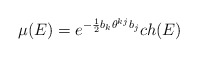
\begin{align*}\mu (E) = e^{-\frac{1}{2} b_{k} \theta^{kj} b_{j}} ch(E)\end{align*}